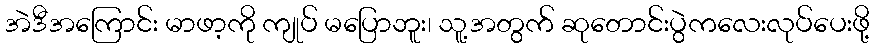
အဲဒီအကြောင်း မာဖာ့ကို ကျုပ် မပြောဘူး၊ သူ့အတွက် ဆုတောင်းပွဲကလေးလုပ်ပေးဖို့